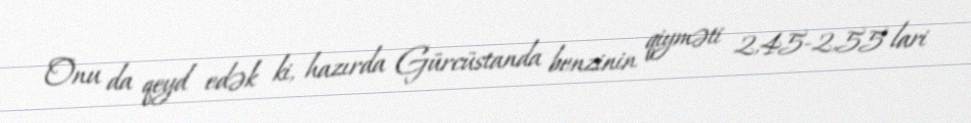
Onu da qeyd edək ki, hazırda Gürcüstanda benzinin qiyməti 2,45-2,55 lari